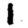
Digit: 1